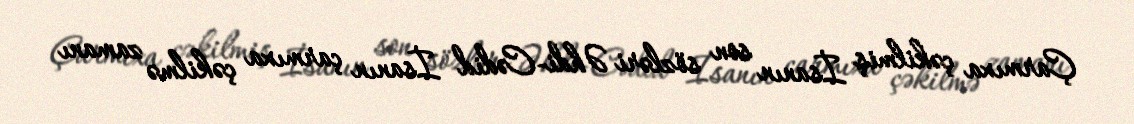
Çarmıxa çəkilmiş İsanın son sözləri Əhdi-Cədid İsanın çarmıxa çəkilmə zamanı